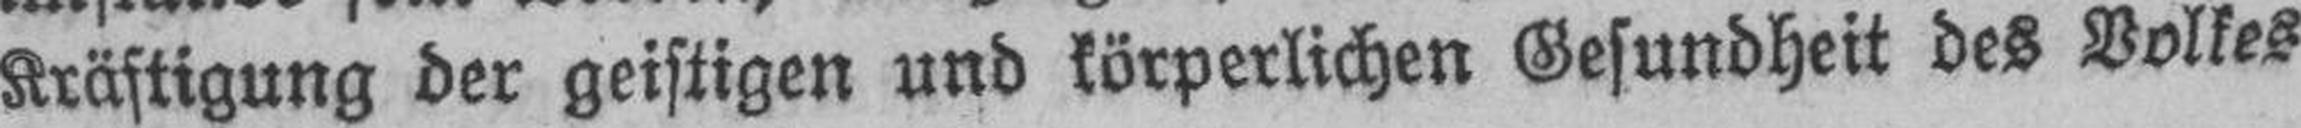
Kräftigung der geistigen und körperlichen Gesundheit des Volkes